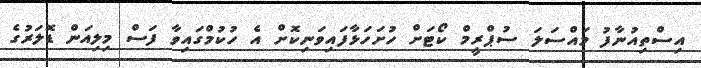
އިސްތިއުނާފު މައްސަލަ ސުޕްރީމް ކޯޓަށް ހުށަހަޅާފައިވަނިކޮށް އެ ހުކުމްގައިވާ ފަސް މިލިއަން ޑޮލަރުގެ